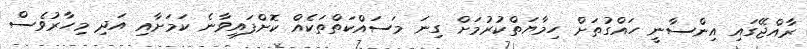
ރާއްޖޭގައި އިންސާނީ ހައްގުތަށް ހިމާޔަތްކުރުމަށް ގިނަ މަސައްކަތްތަކެއް ކޮށްފައިވާނެ ކަމަށާއި އަދި މިހާރުވެސް